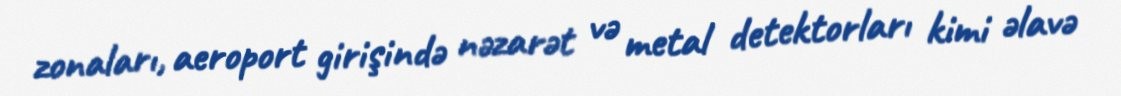
zonaları, aeroport girişində nəzarət və metal detektorları kimi əlavə